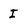
Character: I